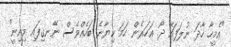
"އެމީހާ ހާދަ ނުލަފައޭ ދޯ. އަހަރެން ހަމަ ކިޔާނެ ބަހެއްވެސް ނޭނގިފައި މިއިނީ"